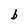
Character: b